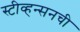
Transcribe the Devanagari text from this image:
स्टीव्हन्‍सनची